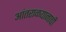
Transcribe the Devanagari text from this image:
आंतराळयानाची